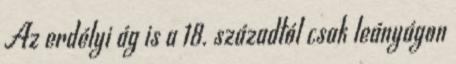
Az erdélyi ág is a 18. századtól csak leányágon